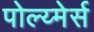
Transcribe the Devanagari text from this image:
पोल्य्मेर्स